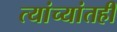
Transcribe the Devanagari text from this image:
त्यांच्यांतही